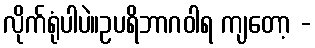
လိုက်ရုံပါပဲ။ဥပရိဘာဂဝါရ ကျတော့ -